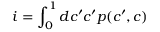
i = \int _ { 0 } ^ { 1 } d c ^ { \prime } c ^ { \prime } p ( c ^ { \prime } , c )